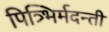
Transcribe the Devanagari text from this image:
पित्र्भिर्मदन्ती